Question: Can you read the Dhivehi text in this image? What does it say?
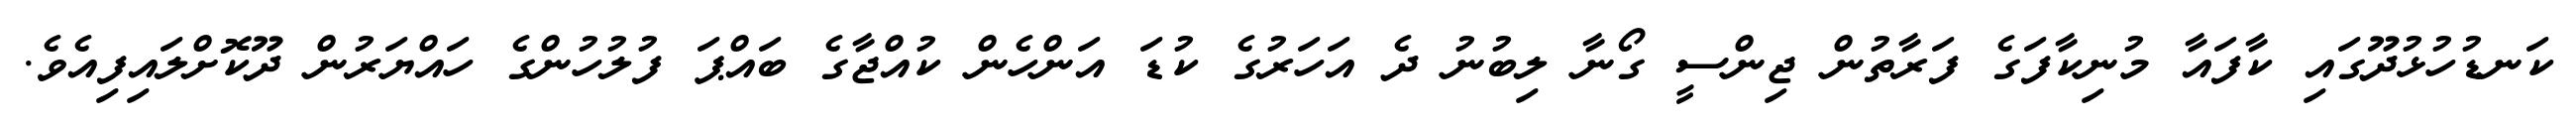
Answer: ކަނޑުހުޅުދޫގައި ކާފައާ މުނިކާފަގެ ފަރާތުން ޖިންސީ ގޯނާ ލިބުނު ދެ އަހަރުގެ ކުޑަ އަންހެން ކުއްޖާގެ ބައްޕަ ފުލުހުންގެ ހައްޔަރުން ދޫކޮށްލައިފިއެވެ.